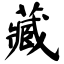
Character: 藏